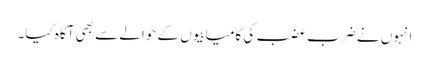
انہوں نے ضرب عضب کی کامیابیوں کے حوالے سے بھی آگاہ کیا۔